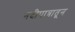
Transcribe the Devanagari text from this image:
नदीपात्रातून